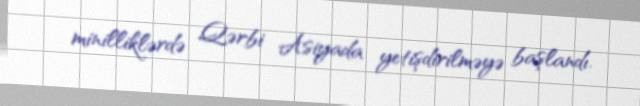
minilliklərdə Qərbi Asiyada yetişdirilməyə başlandı.